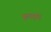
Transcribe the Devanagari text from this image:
अमाइनों